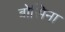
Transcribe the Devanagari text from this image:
बोसिना